Civil Veterinary Department Bihar & Orissa reports 1911-21 - 1911-1921
Year: 1911
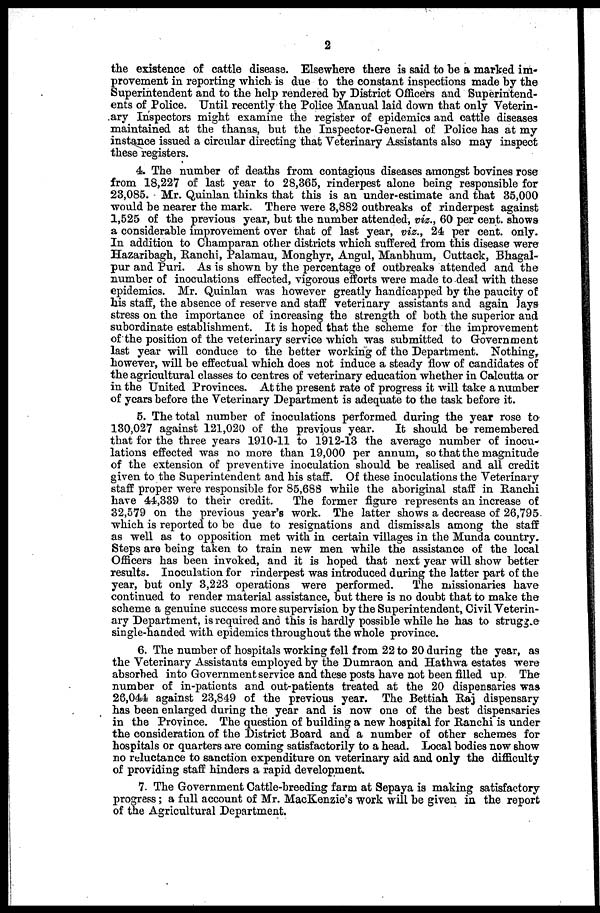
2
the existence of cattle disease. Elsewhere there is said to he a marked im-
provement in reporting which is due to the constant inspections made by the
Superintendent and to the help rendered by District Officers and Superintend-
ents of Police. Until recently the Police Manual laid down that only Veterin-
ary Inspectors might examine the register of epidemics and cattle diseases
maintained at the thanas, but the Inspector-General of Police has at my
instance issued a circular directing that Veterinary Assistants also may inspect
these registers.
4. The number of deaths from contagious diseases amongst bovines rose
from 18,227 of last year to 28,365, rinderpest alone being responsible for
23,085. Mr. Quinlan thinks that this is an under-estimate and that 35,000
would be nearer the mark. There were 3,882 outbreaks of rinderpest against
1,525 of the previous year, but the number attended, viz., 60 per cent. shows
a considerable improvement over that of last year, viz., 24 per cent. only.
In addition to Champaran other districts which suffered from this disease were
Hazaribagh, Ranchi, Palamau, Monghyr, Angul, Manbhum, Cuttack, Bhagal-
pur and Puri. As is shown by the percentage of outbreaks attended and the
number of inoculations effected, vigorous efforts were made to deal with these
epidemics. Mr. Quinlan was however greatly handicapped by the paucity of
his staff, the absence of reserve and staff veterinary assistants and again lays
stress on the importance of increasing the strength of both the superior and
subordinate establishment. It is hoped, that the scheme for the improvement
of the position of the veterinary service which was submitted to Government
last year will conduce to the better working of the Department. Nothing,
however, will be effectual which does not induce a steady flow of candidates of
the agricultural classes to centres of veterinary education whether in Calcutta or
in the United Provinces. At the present rate of progress it will take a number
of years before the Veterinary Department is adequate to the task before it.
5. The total number of inoculations performed during the year rose to
130,027 against 121,020 of the previous year.
It should be remembered
that for the three years 1910-11 to 1912-13 the average number of inocu-
lations effected was no more than 19,000 per annum, so that the magnitude
of the extension of preventive inoculation should be realised and all credit
given to the Superintendent and his staff. Of these inoculations the Veterinary
staff proper were responsible for 85,688 while the aboriginal staff in Ranchi
have 41,339 to their credit.
The former figure represents an increase of
32,579 on the previous year's work. The latter shows a decrease of 26,795
which is reported to be due to resignations and dismissals among the staff
as well as to opposition met with in certain villages in the Munda country.
Steps are being taken to train new men while the assistance of the local
Officers has been invoked, and it is hoped that next year will show better
results. Inoculation for rinderpest was introduced during the latter part of the
year, but only 3,223 operations were performed.
The missionaries have
continued to render material assistance, but there is no doubt that to make the
scheme a genuine success more supervision by the Superintendent, Civil Veterin-
ary Department, is required and this is hardly possible while he has to strugge
single-handed with epidemics throughout the whole province.
6. The number of hospitals working fell from 22 to 20 during the year, as
the Veterinary Assistants employed by the Dumraon and Hathwa estates were
absorbed into Government service and these posts have not been filled up The
number of in-patients and out-patients treated at the 20 dispensaries was
28,044 against 23,849 of the previous year. The Bettiah Raj dispensary
has been enlarged during the year and is now one of the best dispensaries
in the Province. The question of building a new hospital for Ranchi is under
the consideration of the District Board and a number of other schemes for
hospitals or quarters are coming satisfactorily to a head. Local bodies now 6how
no reluctance to sanction expenditure on veterinary aid and only the difficulty
of providing staff hinders a rapid development.
7. The Government Cattle-breeding farm at Sepaya is making satisfactory
progress ; a full account of Mr. Mackenzie's work will be given in the report
of the Agricultural Department.